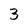
Character: 3